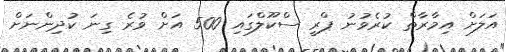
އަލަށް އިމާރާތް ކުރެވުނު ޕްރީ ސްކޫލްގައި 500 އަށް ވުރެ ގިނަ ކުދިންނަށް